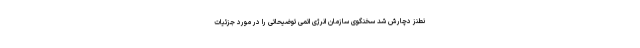
نطنز دچارش شد سخنگوی سازمان انرژی اتمی توضیحاتی را در مورد جزئیات